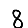
Digit: 8